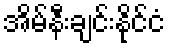
အိမ်နီးချင်းနိုင်ငံ